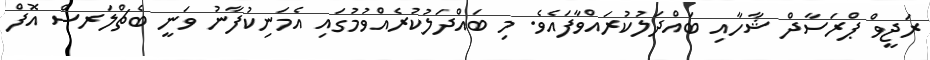
ރަޖީވް ޕްރަސާދް ޝާހާއި ބައްދަލުކުރައްވާފައެވެ. މި ބައްދަލުކުރެއްވުމުގައި އެމަނިކުފާނު ވަނީ ބެޗްލަރސް އޮފް